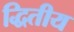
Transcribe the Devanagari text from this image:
द्धितीय